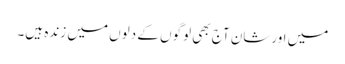
میں اورشان آج بھی لوگوں کے دلوں میں زندہ ہیں۔